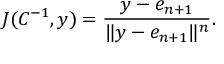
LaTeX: J ( C ^ { - 1 } , y ) = { \frac { y - e _ { n + 1 } } { \| y - e _ { n + 1 } \| ^ { n } } } .